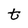
Character: t